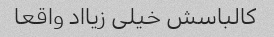
کالباسش خیلی زیااد واقعا